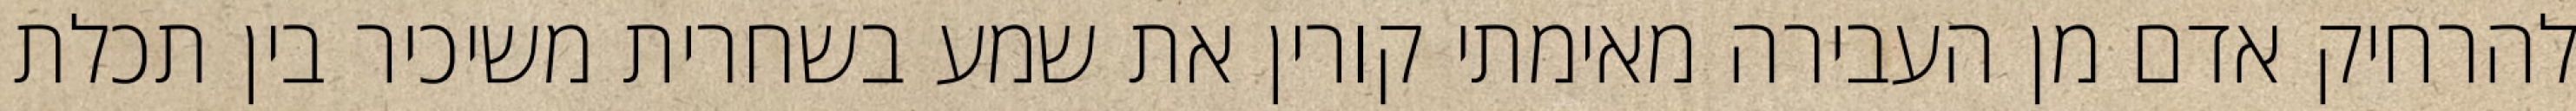
להרחיק אדם מן העבירה מאימתי קורין את שמע בשחרית משיכיר בין תכלת